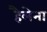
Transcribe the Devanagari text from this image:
हैलेना